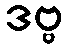
ဒဗ္ဗ